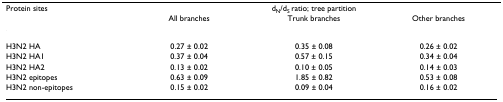
| Protein sites | <COLSPAN=3> dN/dS ratio; tree partition |
 |  | All branches | Trunk branches | Other branches |
 | --- | --- | --- | --- |
 | H3N2 HA | 0.27 ± 0.02 | 0.35 ± 0.08 | 0.26 ± 0.02 |
 | H3N2 HA1 | 0.37 ± 0.04 | 0.57 ± 0.15 | 0.34 ± 0.04 |
 | H3N2 HA2 | 0.13 ± 0.02 | 0.10 ± 0.05 | 0.14 ± 0.03 |
 | H3N2 epitopes | 0.63 ± 0.09 | 1.85 ± 0.82 | 0.53 ± 0.08 |
 | H3N2 non-epitopes | 0.15 ± 0.02 | 0.09 ± 0.04 | 0.16 ± 0.02 |